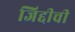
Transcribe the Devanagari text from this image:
जिद्दीची